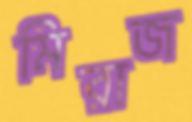
মিরাজ